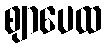
ဈာပေထ